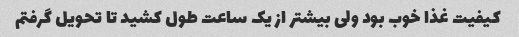
کیفیت غذا خوب بود ولی بیشتر از یک ساعت طول کشید تا تحویل گرفتم